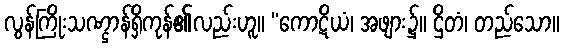
လွန်ကြိုးသဏ္ဌာန်ရှိကုန်၏လည်းဟူ။ “ကောဋိယံ၊ အဖျား၌။ ဌိတံ၊ တည်သော။